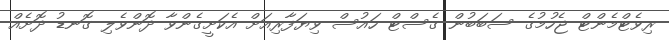
ރިވެޓްމެންޓް ޖެހުމުގެ ސަބަބުން ގެސްޓް ހައުސް ވިޔަފާރިއަށް އެކަށީގެންވާ ދޮންވެލި ގޮނޑު ދޮށެއް